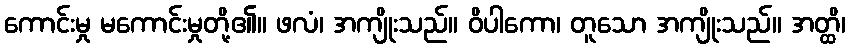
ကောင်းမှု မကောင်းမှုတို့၏။ ဖလံ၊ အကျိုးသည်။ ဝိပါကော၊ တူသော အကျိုးသည်။ အတ္ထိ၊